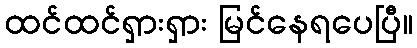
ထင်ထင်ရှားရှား မြင်နေရပေပြီ။